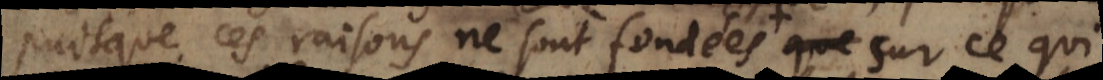
puisque ces raisons ne sont fondées que sur ce qui